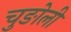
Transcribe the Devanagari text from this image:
चुङोली